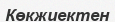
Көкжиектен